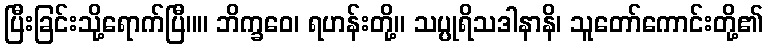
ပြီးခြင်းသို့ရောက်ပြီ။။ ဘိက္ခဝေ၊ ရဟန်းတို့။ သပ္ပုရိသဒါနာနိ၊ သူတော်ကောင်းတို့၏